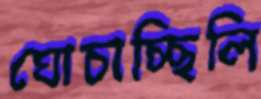
ঘোচাচ্ছিলি